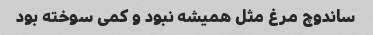
ساندوچ مرغ مثل همیشه نبود و کمی سوخته بود